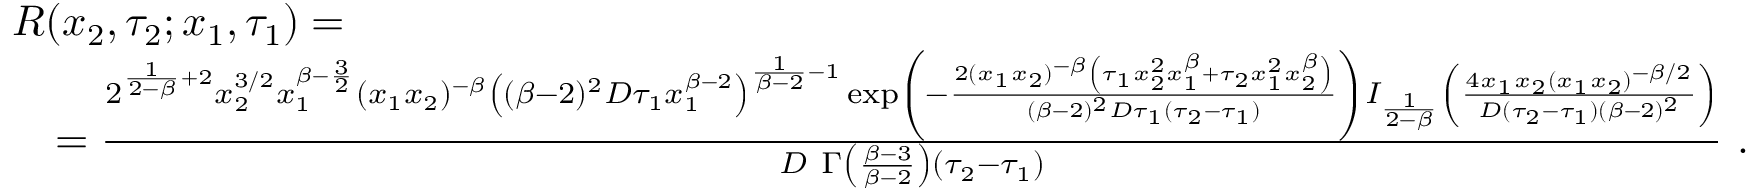
\begin{array} { r l } & { R ( x _ { 2 } , \tau _ { 2 } ; x _ { 1 } , \tau _ { 1 } ) = } \\ & { \quad = \frac { 2 ^ { \frac { 1 } { 2 - \beta } + 2 } x _ { 2 } ^ { 3 / 2 } x _ { 1 } ^ { \beta - \frac { 3 } { 2 } } ( x _ { 1 } x _ { 2 } ) ^ { - \beta } \left( ( \beta - 2 ) ^ { 2 } D \tau _ { 1 } x _ { 1 } ^ { \beta - 2 } \right) ^ { \frac { 1 } { \beta - 2 } - 1 } \exp \left( - \frac { 2 ( x _ { 1 } x _ { 2 } ) ^ { - \beta } \left( \tau _ { 1 } x _ { 2 } ^ { 2 } x _ { 1 } ^ { \beta } + \tau _ { 2 } x _ { 1 } ^ { 2 } x _ { 2 } ^ { \beta } \right) } { ( \beta - 2 ) ^ { 2 } D \tau _ { 1 } ( \tau _ { 2 } - \tau _ { 1 } ) } \right) I _ { \frac { 1 } { 2 - \beta } } \left( \frac { 4 x _ { 1 } x _ { 2 } ( x _ { 1 } x _ { 2 } ) ^ { - \beta / 2 } } { D ( \tau _ { 2 } - \tau _ { 1 } ) ( \beta - 2 ) ^ { 2 } } \right) } { D \ \Gamma \left( \frac { \beta - 3 } { \beta - 2 } \right) ( \tau _ { 2 } - \tau _ { 1 } ) } \ . } \end{array}